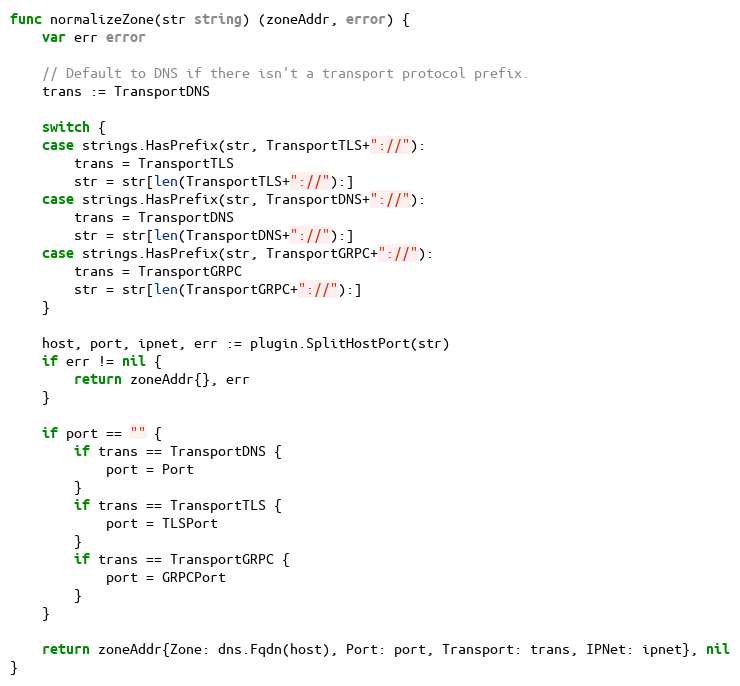
Language: Go
func normalizeZone(str string) (zoneAddr, error) {
	var err error

	// Default to DNS if there isn't a transport protocol prefix.
	trans := TransportDNS

	switch {
	case strings.HasPrefix(str, TransportTLS+"://"):
		trans = TransportTLS
		str = str[len(TransportTLS+"://"):]
	case strings.HasPrefix(str, TransportDNS+"://"):
		trans = TransportDNS
		str = str[len(TransportDNS+"://"):]
	case strings.HasPrefix(str, TransportGRPC+"://"):
		trans = TransportGRPC
		str = str[len(TransportGRPC+"://"):]
	}

	host, port, ipnet, err := plugin.SplitHostPort(str)
	if err != nil {
		return zoneAddr{}, err
	}

	if port == "" {
		if trans == TransportDNS {
			port = Port
		}
		if trans == TransportTLS {
			port = TLSPort
		}
		if trans == TransportGRPC {
			port = GRPCPort
		}
	}

	return zoneAddr{Zone: dns.Fqdn(host), Port: port, Transport: trans, IPNet: ipnet}, nil
}